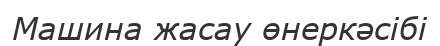
Машина жасау өнеркәсібі